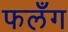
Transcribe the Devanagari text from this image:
फलँग